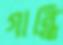
গান্ধি